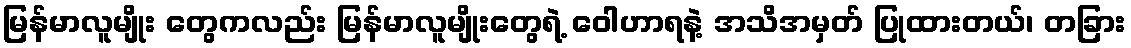
မြန်မာလူမျိုး တွေကလည်း မြန်မာလူမျိုးတွေရဲ့ ဝေါဟာရနဲ့ အသိအမှတ် ပြုထားတယ်၊ တခြား